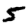
Digit: 5